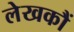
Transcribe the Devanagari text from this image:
लेखकौं